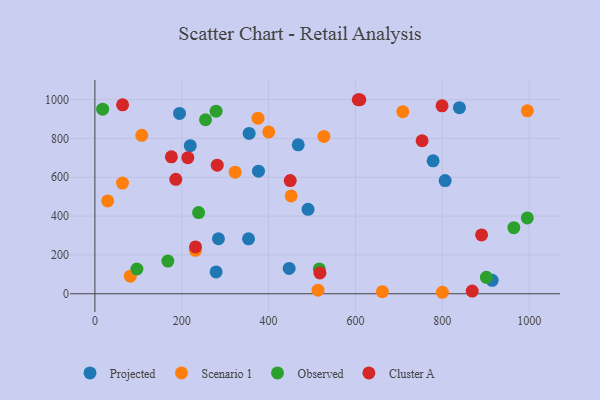
{"axis": {"x": "Study Hours", "y": "Yield"}, "legend": ["Cluster A", "Observed", "Projected", "Scenario 1"], "data": [{"x": "284.5", "y": 283.4, "type": "Projected"}, {"x": "778.8", "y": 684.9, "type": "Projected"}, {"x": "194.9", "y": 928.8, "type": "Projected"}, {"x": "447.3", "y": 130.6, "type": "Projected"}, {"x": "376.7", "y": 631.4, "type": "Projected"}, {"x": "490.8", "y": 435.0, "type": "Projected"}, {"x": "806.5", "y": 582.9, "type": "Projected"}, {"x": "355.2", "y": 825.8, "type": "Projected"}, {"x": "839.4", "y": 958.3, "type": "Projected"}, {"x": "219.6", "y": 762.5, "type": "Projected"}, {"x": "468.2", "y": 767.1, "type": "Projected"}, {"x": "279.1", "y": 112.3, "type": "Projected"}, {"x": "914.8", "y": 69.2, "type": "Projected"}, {"x": "353.8", "y": 283.1, "type": "Projected"}, {"x": "81.5", "y": 90.7, "type": "Scenario 1"}, {"x": "29.4", "y": 478.2, "type": "Scenario 1"}, {"x": "375.6", "y": 904.3, "type": "Scenario 1"}, {"x": "995.9", "y": 942.4, "type": "Scenario 1"}, {"x": "231.5", "y": 223.8, "type": "Scenario 1"}, {"x": "800.2", "y": 7.6, "type": "Scenario 1"}, {"x": "400.3", "y": 833.3, "type": "Scenario 1"}, {"x": "527.4", "y": 810.3, "type": "Scenario 1"}, {"x": "662.0", "y": 10.9, "type": "Scenario 1"}, {"x": "709.0", "y": 938.0, "type": "Scenario 1"}, {"x": "513.8", "y": 18.6, "type": "Scenario 1"}, {"x": "451.9", "y": 504.1, "type": "Scenario 1"}, {"x": "107.9", "y": 815.9, "type": "Scenario 1"}, {"x": "323.0", "y": 626.1, "type": "Scenario 1"}, {"x": "63.5", "y": 570.2, "type": "Scenario 1"}, {"x": "516.7", "y": 128.0, "type": "Observed"}, {"x": "995.7", "y": 390.6, "type": "Observed"}, {"x": "964.7", "y": 340.4, "type": "Observed"}, {"x": "96.7", "y": 127.4, "type": "Observed"}, {"x": "254.7", "y": 896.2, "type": "Observed"}, {"x": "901.5", "y": 84.4, "type": "Observed"}, {"x": "168.0", "y": 168.5, "type": "Observed"}, {"x": "17.8", "y": 950.9, "type": "Observed"}, {"x": "279.1", "y": 940.6, "type": "Observed"}, {"x": "238.8", "y": 418.2, "type": "Observed"}, {"x": "231.7", "y": 241.3, "type": "Cluster A"}, {"x": "176.2", "y": 705.3, "type": "Cluster A"}, {"x": "890.4", "y": 303.0, "type": "Cluster A"}, {"x": "606.4", "y": 999.4, "type": "Cluster A"}, {"x": "610.1", "y": 999.2, "type": "Cluster A"}, {"x": "753.5", "y": 788.2, "type": "Cluster A"}, {"x": "518.2", "y": 107.3, "type": "Cluster A"}, {"x": "449.8", "y": 582.9, "type": "Cluster A"}, {"x": "868.9", "y": 13.7, "type": "Cluster A"}, {"x": "63.8", "y": 973.2, "type": "Cluster A"}, {"x": "799.4", "y": 968.1, "type": "Cluster A"}, {"x": "214.0", "y": 700.7, "type": "Cluster A"}, {"x": "281.7", "y": 662.4, "type": "Cluster A"}, {"x": "186.3", "y": 589.6, "type": "Cluster A"}]}